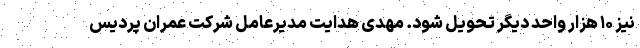
نیز ۱۰ هزار واحد دیگر تحویل شود. مهدی هدایت مدیرعامل شرکت عمران پردیس